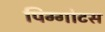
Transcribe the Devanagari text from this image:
पिग्गोटस